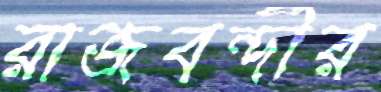
রাজবন্দীর